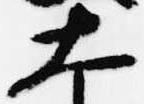
大